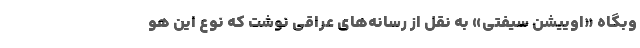
وبگاه «اوییشن سیفتی» به نقل از رسانه‌های عراقی نوشت که نوع این هو